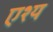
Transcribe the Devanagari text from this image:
एश्य